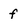
Character: f